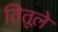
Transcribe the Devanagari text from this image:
तितूले